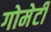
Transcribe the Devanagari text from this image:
गोमेटी